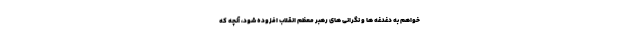
خواهم به دغدغه ها و نگرانی های رهبر معظم انقلاب افزوده شود، آنچه که